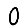
Digit: 0